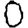
Digit: 0